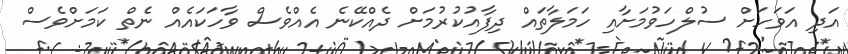
އަދި އަވަހަށް ސުލްހަވުމަށާއި ހަމަލާތައް ދިފާއުކުރުމަށް ދެއްކޭނެ އެއްވެސް ވާހަކައެއް ނެތް ކަމަށްވެސް